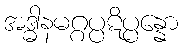
အဒ္ဓါနမဂ္ဂပ္ပဋိပ္ပန္နော